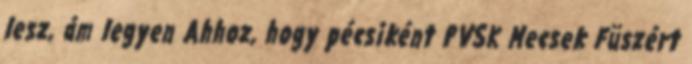
lesz, ám legyen Ahhoz, hogy pécsiként PVSK Mecsek Füszért